Lunatic asylums Central Provinces reports 1895-1909 - 1895-1909
Year: 1895
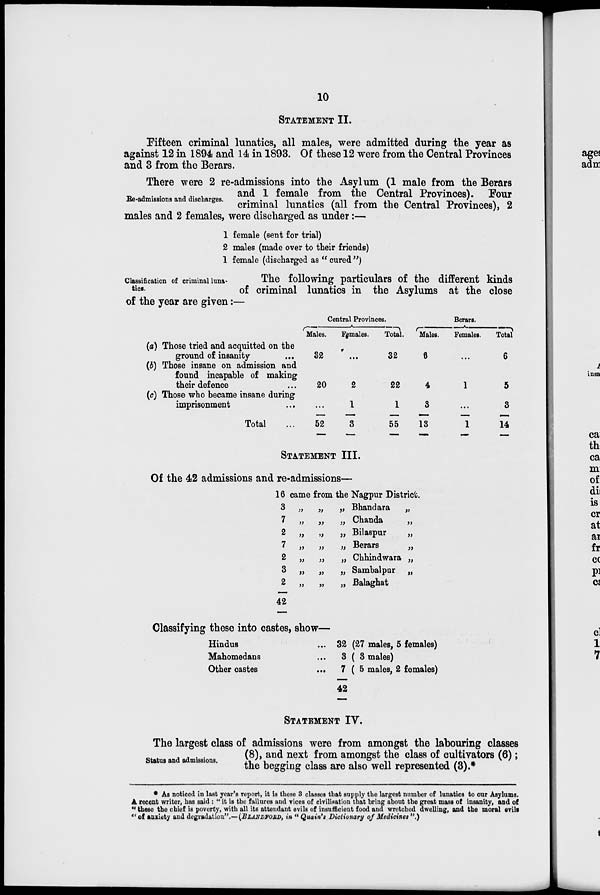
10
STATEMENT II.
Fifteen criminal lunatics, all males, were admitted during the year as
against 12 in 1894 and 14 in 1893. Of these 12 were from the Central Provinces
and 3 from the Berars.
Re-admissions and discharges.
There were 2 re-admissions into the Asylum (1 male from the Berars
and 1 female from the Central Provinces). Four
criminal lunatics (all from the Central Provinces), 2
males and 2 females, were discharged as under:—
1 female (sent for trial)
2 males (made over to their friends)
1 female (discharged as " cured ")
Classification of criminal luna-
tics.
The following particulars of the different kinds
of criminal lunatics in the Asylums at the close
of the year are given:—
(a) Those tried and acquitted on the
ground of insanity ...
(b) Those insane on admission and
found incapable of making
their defence ...
(c) Those who became insane during
imprisonment ...
Total ...
Central Provinces.
Males.
32
20
...
52
Females.
...
2
1
3
Total.
32
22
1
55
Berars.
Males.
6
4
3
13
Females.
...
1
...
1
Total.
6
5
3
14
STATEMENT III.
Of the 42 admissions and re-admissions—
16 came from the Nagpur District.
3 „ „ „
7 „ „ „
2 „ „ „
7
„
„
„
2 „ „ „
3
„
„
„
2 „ „ „
42
Bhandara „
Chanda
„
Bilaspur
„
Berars
„
Chhindwara „
Sambalpar „
Balaghat
Classifying these into castes, show—
Hindus ...
Mahomedans ...
Other castes
...
32 (27 males, 5 females)
3 ( 3 males)
7 ( 5 males, 2 females)
42
STATEMENT IV.
Status and admissions.
The largest class of admissions were from amongst the labouring classes
(8), and next from amongst the class of cultivators (6);
the begging class are also well represented (3).*
* As noticed in last year's report, it is these 3 classes that supply the largest number of lunatics to our Asylums.
A recent writer, has said : " it is the failures and vices of civilisation that bring about the great mass of insanity, and of
" these the chief is poverty, with all its attendant evils of insufficient food and wretched dwelling, and the moral evils
" of anxiety and degradation"1.— (BLANDFORD, in " Quain's Dictionary of Medicines ".)